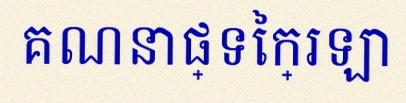
គណនាផ្ទៃក្រឡា